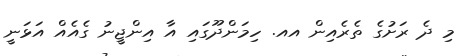
މި ދެ ރަށުގެ ތެރެއިން އއ. ހިމަންދޫގައި އާ އިންޖީނު ގެއެއް އަޅަނީ